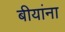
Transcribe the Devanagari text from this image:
बीयांना